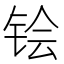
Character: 𬭇